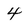
Character: 4